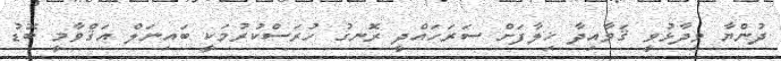
ދުންޔާ ވިދާޅުވީ ޤަވާއިދާ ޚިލާފަށް ސަރަހައްދީ ރޮނގު ހުރަސްކުރުމަކީ ބައިނަލް އަޤްވާމީ ބޮޑު